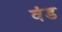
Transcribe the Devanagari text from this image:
वंड